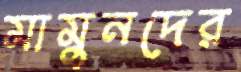
মামুনদের